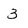
Character: 3